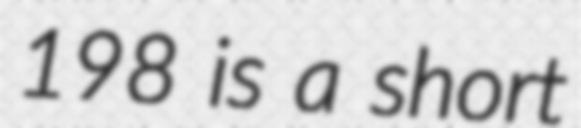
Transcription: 198 is a short